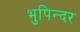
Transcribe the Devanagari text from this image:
भुपिन्दर